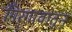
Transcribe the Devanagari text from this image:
गिरगावातून